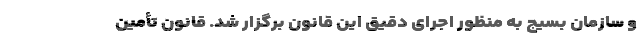
و سازمان بسیج به منظور اجرای دقیق این قانون برگزار شد. قانون تأمین